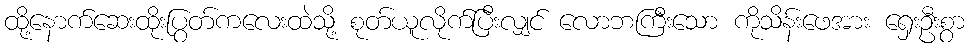
ထို့နောက်ဆေးထိုးပြွတ်ကလေးထဲသို့ စုတ်ယူလိုက်ပြီးလျှင် လောဘကြီးသော ကိုသိန်းဖေအား ရှေးဦးစွာ